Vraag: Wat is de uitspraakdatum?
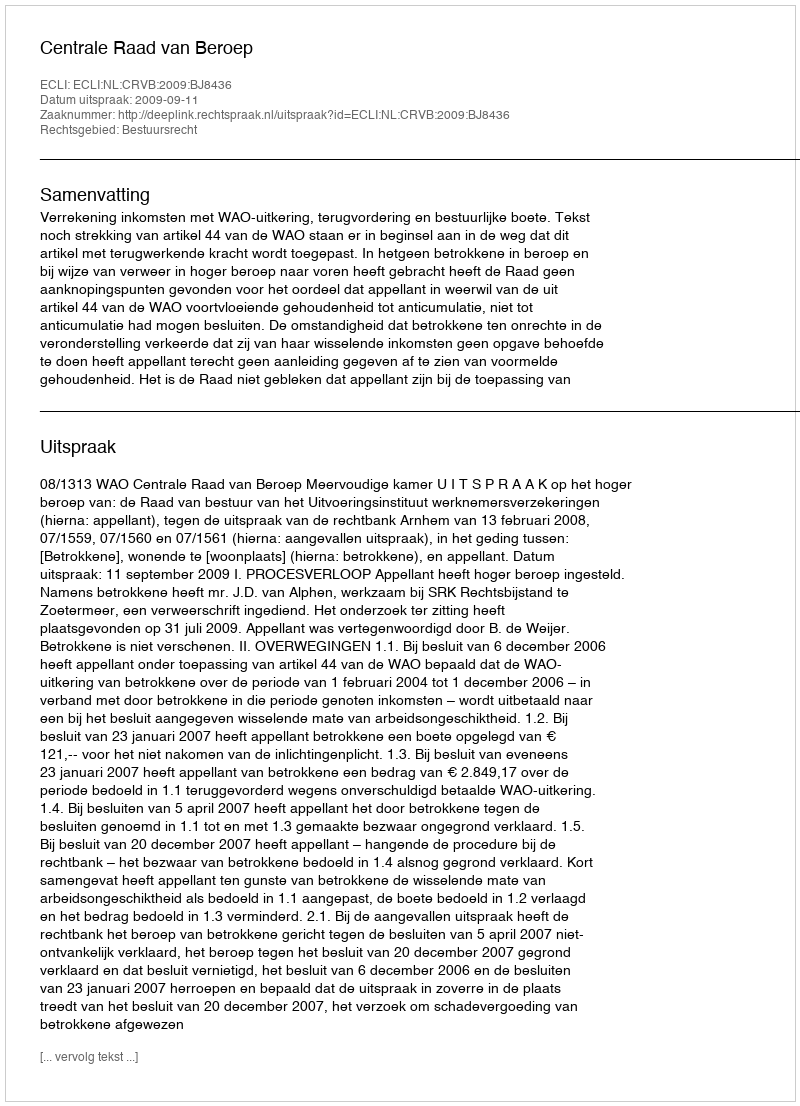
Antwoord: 2009-09-11